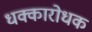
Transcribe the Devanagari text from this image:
धक्कारोधक